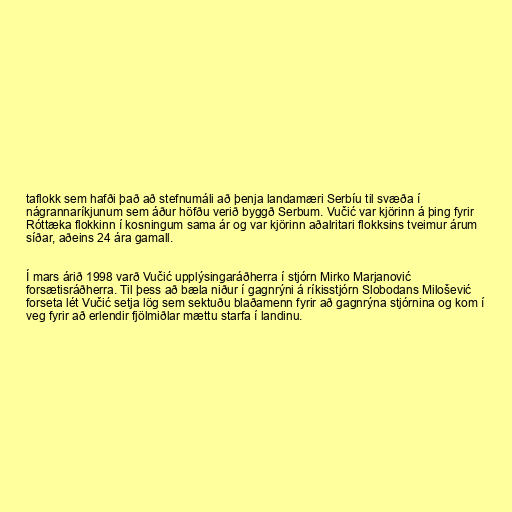
taflokk sem hafði það að stefnumáli að þenja landamæri Serbíu til svæða í
nágrannaríkjunum sem áður höfðu verið byggð Serbum. Vučić var kjörinn á þing fyrir
Róttæka flokkinn í kosningum sama ár og var kjörinn aðalritari flokksins tveimur árum
síðar, aðeins 24 ára gamall.

Í mars árið 1998 varð Vučić upplýsingaráðherra í stjórn Mirko Marjanović
forsætisráðherra. Til þess að bæla niður í gagnrýni á ríkisstjórn Slobodans Milošević
forseta lét Vučić setja lög sem sektuðu blaðamenn fyrir að gagnrýna stjórnina og kom í
veg fyrir að erlendir fjölmiðlar mættu starfa í landinu.